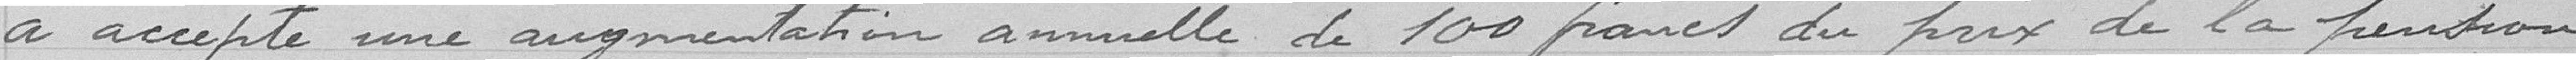
a accepté une augmentation annuelle de 100 francs du prix de la pension